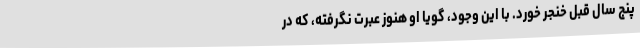
پنج سال قبل خنجر خورد. با این وجود، گویا او هنوز عبرت نگرفته، که در